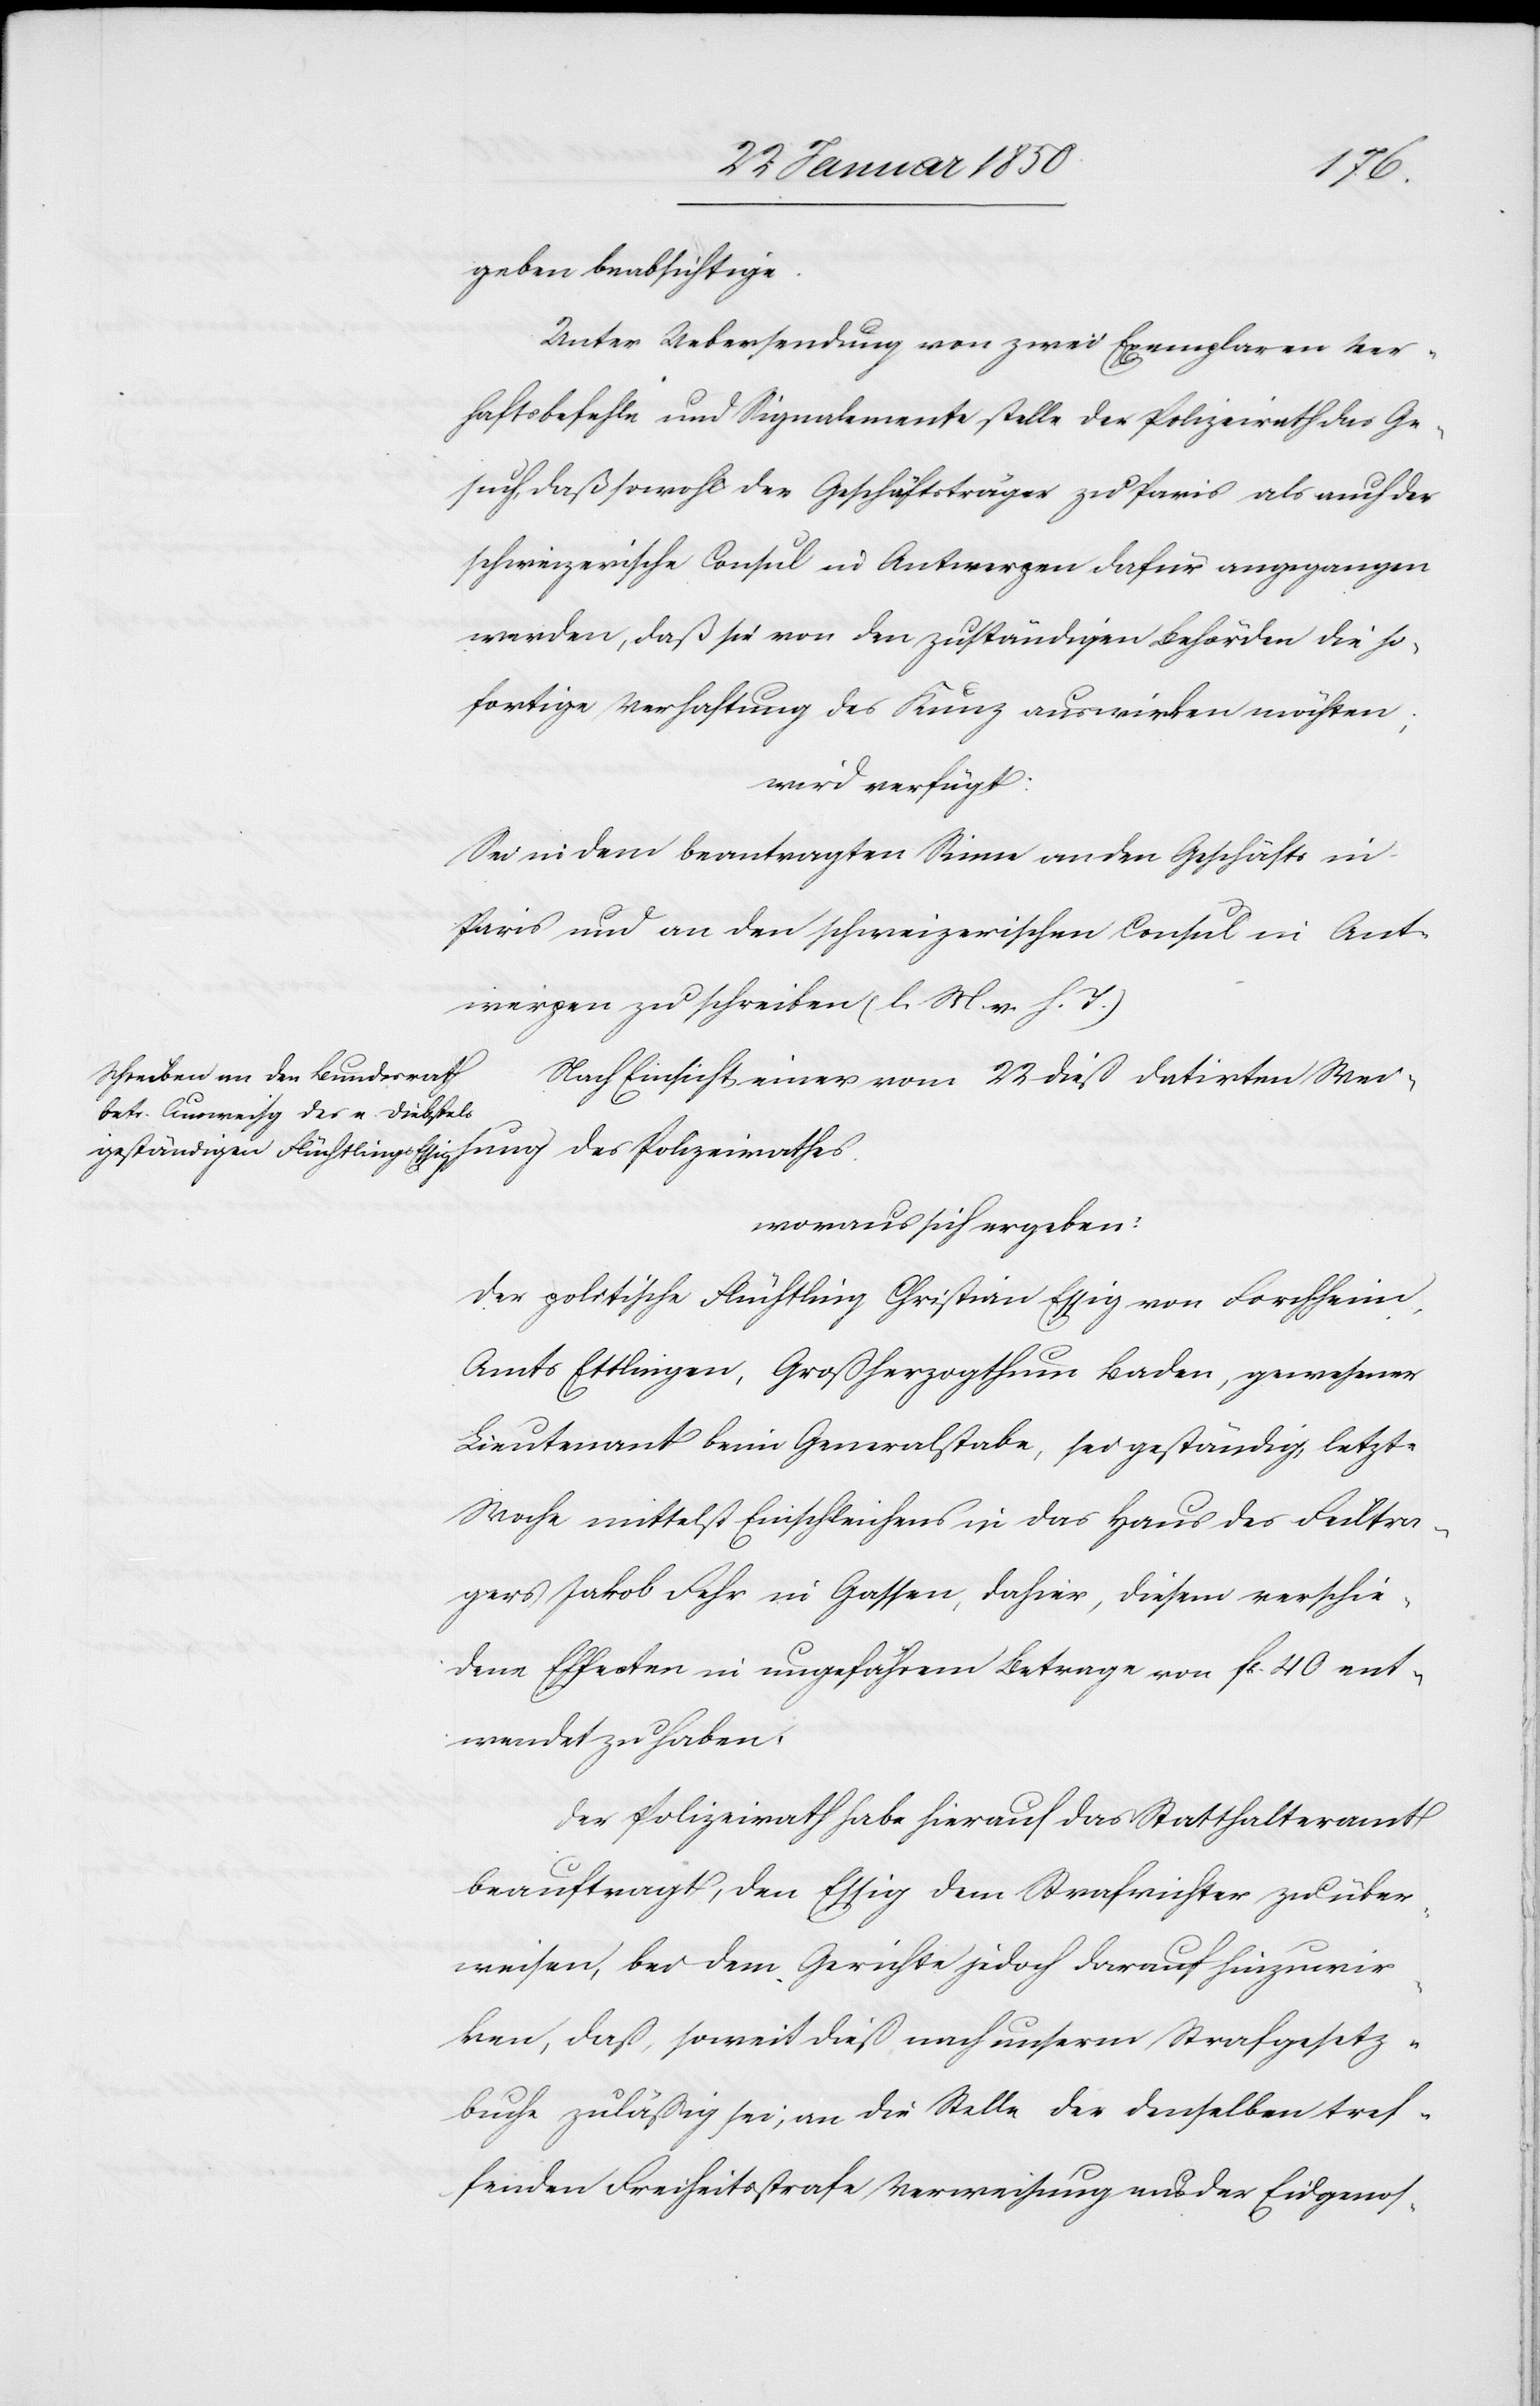
geben beabsichtige.
Unter Uebersendung von zwei Exemplaren Ver¬
haftsbefehle und Signalemente stelle der Polizeirath das Ge¬
such, daß sowohl der Geschäftsträger zu Paris als auch der
schweizerische Consul in Antwerpen dafür angegangen
werden, daß sie von den zuständigen Behörden die so¬
fortige Verhaftung des Kunz auswirken möchten;
wird verfügt:
Sei in dem beantragten Sinne an den Geschäft in
Paris und an den schweizerischen Consul in Ant¬
werpen zu schreiben (l. M. v. h. T.)
Nach Einsicht einer vom 22 dieß datirten Wei¬
sung des Polizeirathes.
woraus sich ergeben:
Der politische Flüchtling Christian Essig von Forchheim,
Amts Ettlingen, Großherzogthum Baden, gewesener
Lieutenant beim Generalstabe, sei geständig, letzte
Woche mittelst Einschleichens in das Haus des Feiltra¬
gers Jakob Fehr in Gassen, dahier, diesem verschie¬
dene Effecten in ungefährem Betrage von fr. 40 ent¬
wendet zu haben,
Der Polizeirath habe hierauf das Statthalteramt
beauftragt, den Essig dem Strafrichter zu über¬
weisen, bei dem Gerichte jedoch darauf hinzuwir¬
ken, daß, soweit dieß nach unserm Strafgesetz¬
23
buche zuläßig sei, an die Stelle der denselben tref¬
fenden Freiheitsstrafe Verweisung aus der Eidgenos-